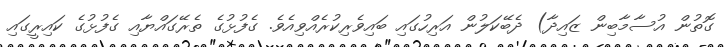
ގޮތުން އުސާމާބިން ޒައިދާ) ދެބޭކަލުން އަރިހުގައި ބައިވެރިކުރެއްވިއެވެ. ގެފުޅުގެ ތެރޭގައްޔާއި ގެފުޅުގެ ކައިރީގައި